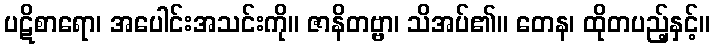
ပဋိစာရော၊ အပေါင်းအသင်းကို။ ဇာနိတဗ္ဗာ၊ သိအပ်၏။ တေန၊ ထိုတပည့်နှင့်။